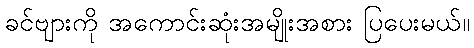
ခင်ဗျားကို အကောင်းဆုံးအမျိုးအစား ပြပေးမယ်။